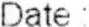
DATE: